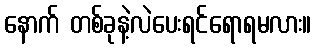
နောက် တစ်ခုနဲ့လဲပေးရင်ရောရမလား။